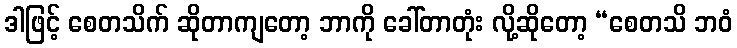
ဒါဖြင့် စေတသိက် ဆိုတာကျတော့ ဘာကို ခေါ်တာတုံး လို့ဆိုတော့ “စေတသိ ဘဝံ